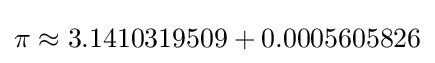
\pi \approx 3.1410319509+0.0005605826